Annual administration report of the Civil Veterinary Department, Ajmere-Merwara, British Rajputana - 1914-1940
Year: 1914
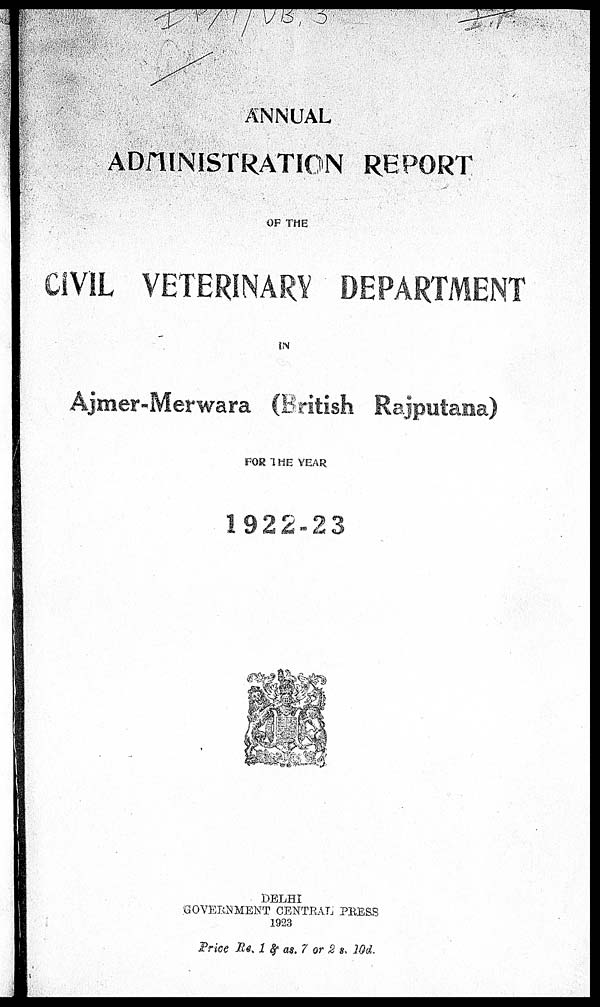
ANNUAL
ADMINISTRATION REPORT
OF THE
CIVlL VETERINARY DEPARTMENT
IN
Ajmer-Merwara (british Rajputana)
FOR THE YEAR
1922-23
DELHI
GOVERNMENT CENTRAL PRESS
1923
Price Rs. 1 & as. 7 or 2 s. 10d.